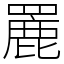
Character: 䍡